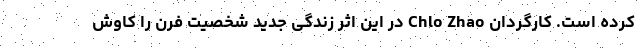
کرده است. کارگردان Chlo Zhao در این اثر زندگی جدید شخصیت فرن را کاوش